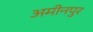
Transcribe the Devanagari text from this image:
अमीनपुर